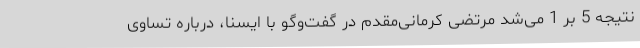
نتیجه 5 بر 1 می‌شد مرتضی کرمانی‌مقدم در گفت‌وگو با ایسنا، درباره تساوی